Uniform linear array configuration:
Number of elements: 12
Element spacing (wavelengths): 0.75
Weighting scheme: cosine
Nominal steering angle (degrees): -30
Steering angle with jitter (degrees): -31.368
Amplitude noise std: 0.05
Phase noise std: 0.05

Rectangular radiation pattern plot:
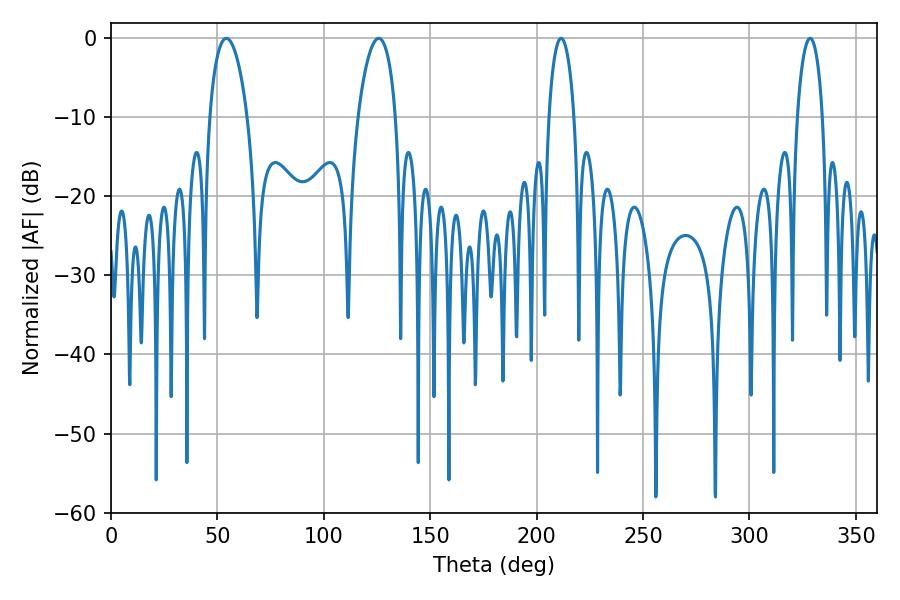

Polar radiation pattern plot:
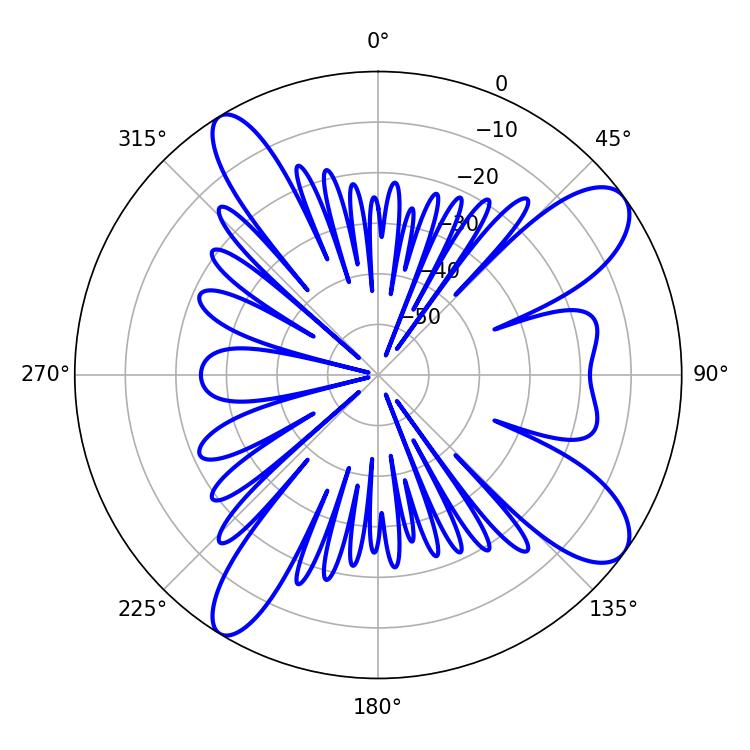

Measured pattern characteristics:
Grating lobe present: TRUE
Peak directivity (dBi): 10.501
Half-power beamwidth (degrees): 10.08
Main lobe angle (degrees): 54.18